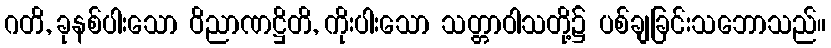
ဂတိ, ခုနစ်ပါးသော ဝိညာဏဋ္ဌိတိ, ကိုးပါးသော သတ္တာဝါသတို့၌ ပစ်ချခြင်းသဘောသည်။